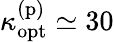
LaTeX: \kappa_{\mathrm{opt}}^{\mathrm{(p)}}\simeq 30